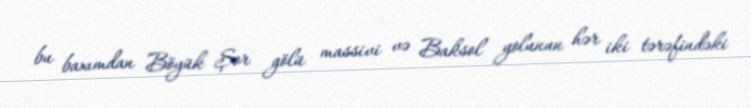
bu baxımdan Böyük Şor gölü massivi və Baksol yolunun hər iki tərəfindəki